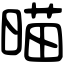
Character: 𣈴